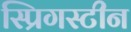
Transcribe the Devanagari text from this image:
स्प्रिगस्टीन